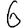
Digit: 6